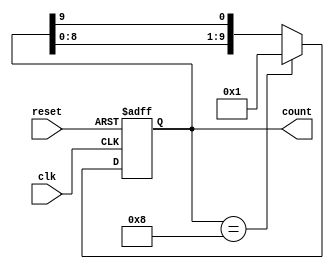
module DecadeRingCounter (
    input wire clk,      // Clock signal
    input wire reset,    // Asynchronous reset
    output reg [9:0] count  // 10-bit output representing the counter
);

// Always block triggered on the rising edge of the clock or reset
always @(posedge clk or posedge reset) begin
    if (reset) begin
        count <= 10'b0000000001; // Initialize to 1
    end else begin
        // Shift the '1' to the left to create the next state
        count <= {count[8:0], count[9]}; // Shifting left and wrapping around
        // If the counter reaches 10 (binary 1010), reset to 1 (binary 0001)
        if (count == 10'b0000001000) begin
            count <= 10'b0000000001; // Reset back to first state
        end
    end
end

endmodule